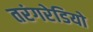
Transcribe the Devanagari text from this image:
तरंगरेडियो